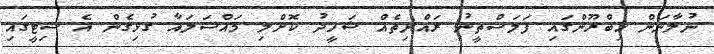
ނުލާނަން ހިބްރޫންގައި ފަލަސްތީނު ރައްޔިތެއް ޝަހީދު ކޮށްލި މައްސަލައާ ގުޅިގެން އެ ސިޓީގައި